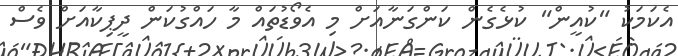
އެކަމަކު "ކުއީން" ކުޅެގެން ކަންގަނާއަށް މި އެވޯޑުތައް މާ ހައްގުކަން ދީޕިކާއަށް ވެސް